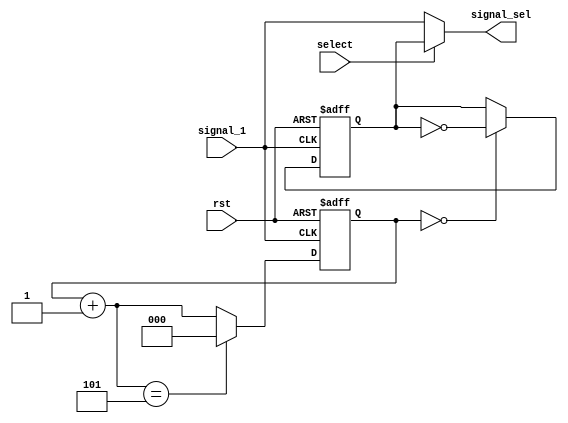
`timescale 1ns / 1ps

module divide(
input signal_1,
input rst,
input select,
output reg signal_sel
    );
reg signal_10;
reg [2:0] count_10;

always @(posedge signal_1 or negedge rst) begin
    if (~rst) begin
        signal_10 <= 0;
        count_10 <= 0;
    end
    else begin
        if (count_10==0) begin
            signal_10 = ~signal_10;
        end
        count_10 = count_10 + 1;
        if (count_10==3'd5) begin
            count_10 = 0;
        end
    end
end

always @(*) begin
    if(select) signal_sel <= signal_10;
    else signal_sel <= signal_1;
end

endmodule